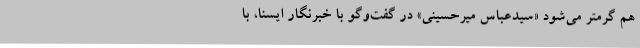
هم گرمتر می‌شود «سیدعباس میرحسینی» در گفت‌وگو با خبرنگار ایسنا، با